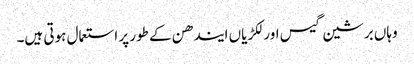
وہاں برشین گیس اور لکڑیاں ایندھن کے طور پر استعمال ہوتی ہیں۔